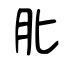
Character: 肶